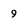
Character: 9